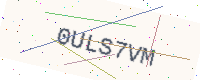
Text: 0ULS7VM